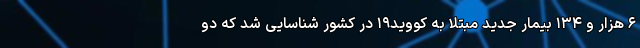
۶ هزار و ۱۳۴ بیمار جدید مبتلا به کووید۱۹ در کشور شناسایی شد که دو